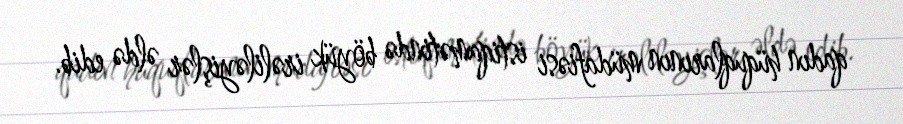
qadın hüquqlarının müdafiəsi istiqamətində böyük irəliləyişlər əldə edib.